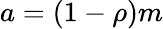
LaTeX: a=(1-\rho)m